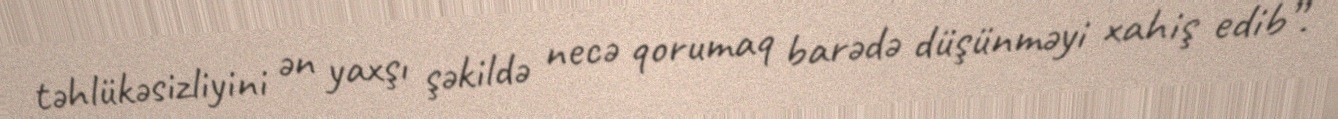
təhlükəsizliyini ən yaxşı şəkildə necə qorumaq barədə düşünməyi xahiş edib”.